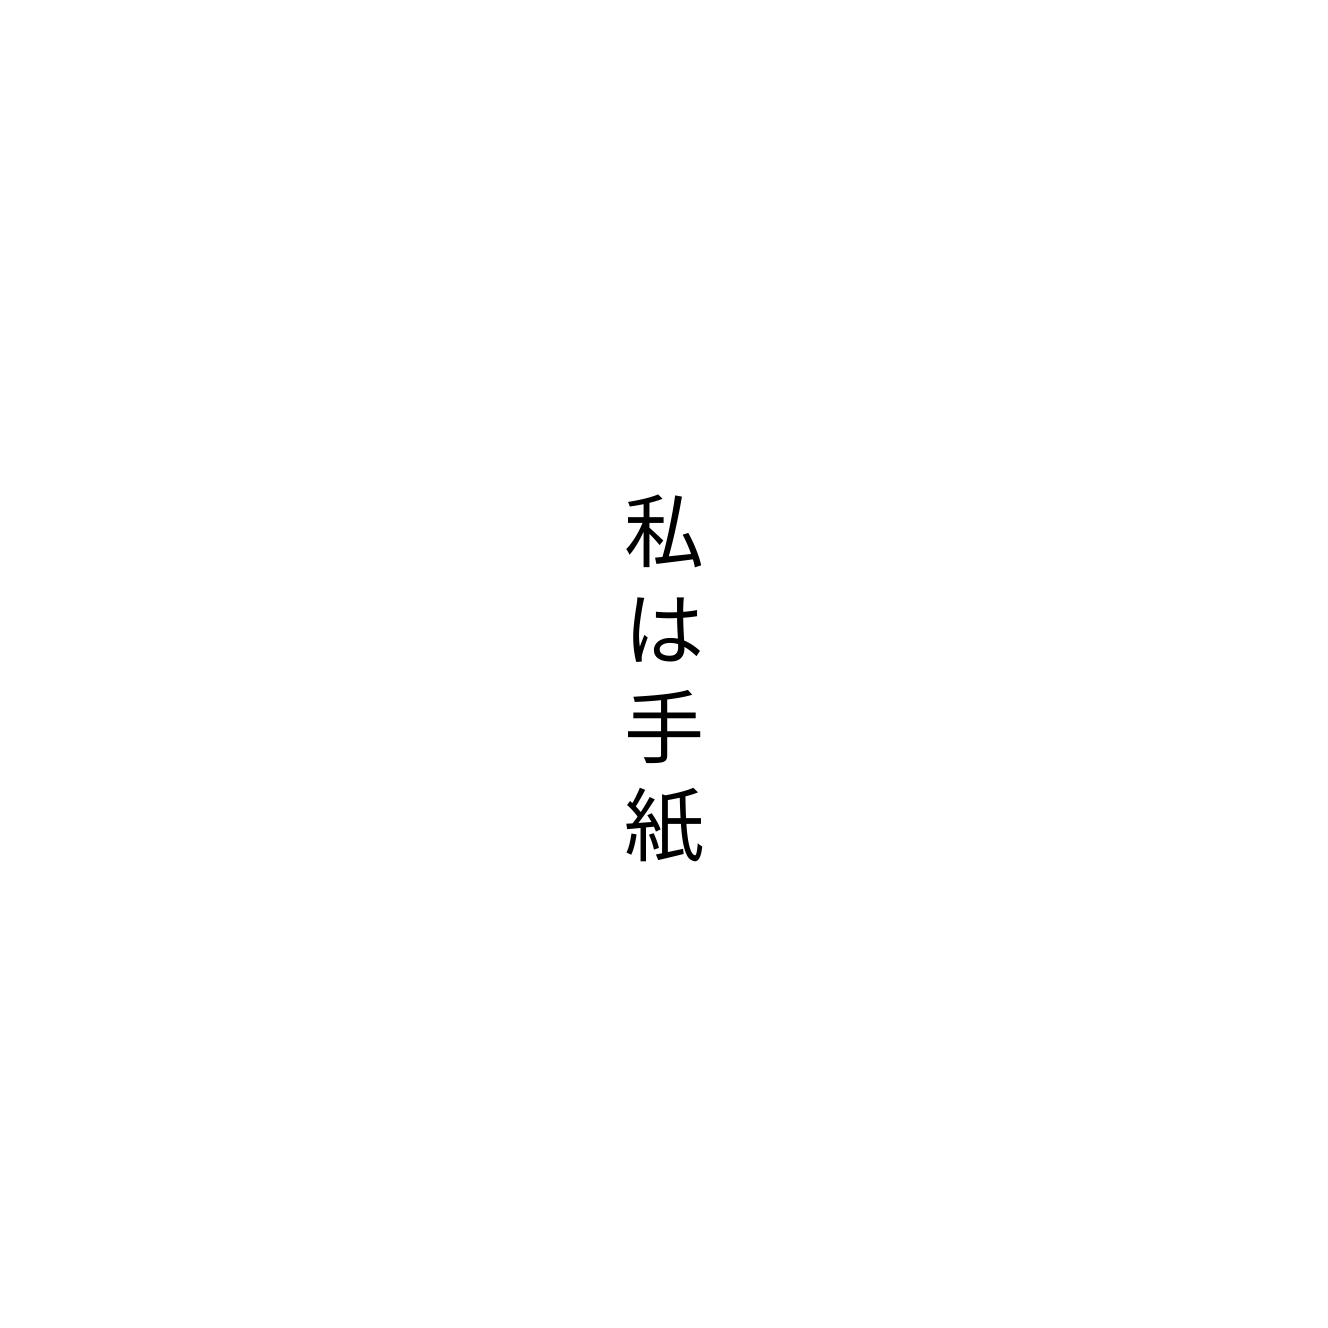
私は手紙